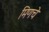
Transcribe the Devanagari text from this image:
मिणचे